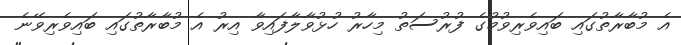
އެ މުބާރާތުގައި ބައިވެރިވުމުގެ ފުރުސަތު މިހާރު ހުޅުވާލާފައިވާ އިރު އެ މުބާރާތުގައި ބައިވެރިވޭނެ